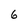
Character: 6